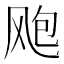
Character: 飑